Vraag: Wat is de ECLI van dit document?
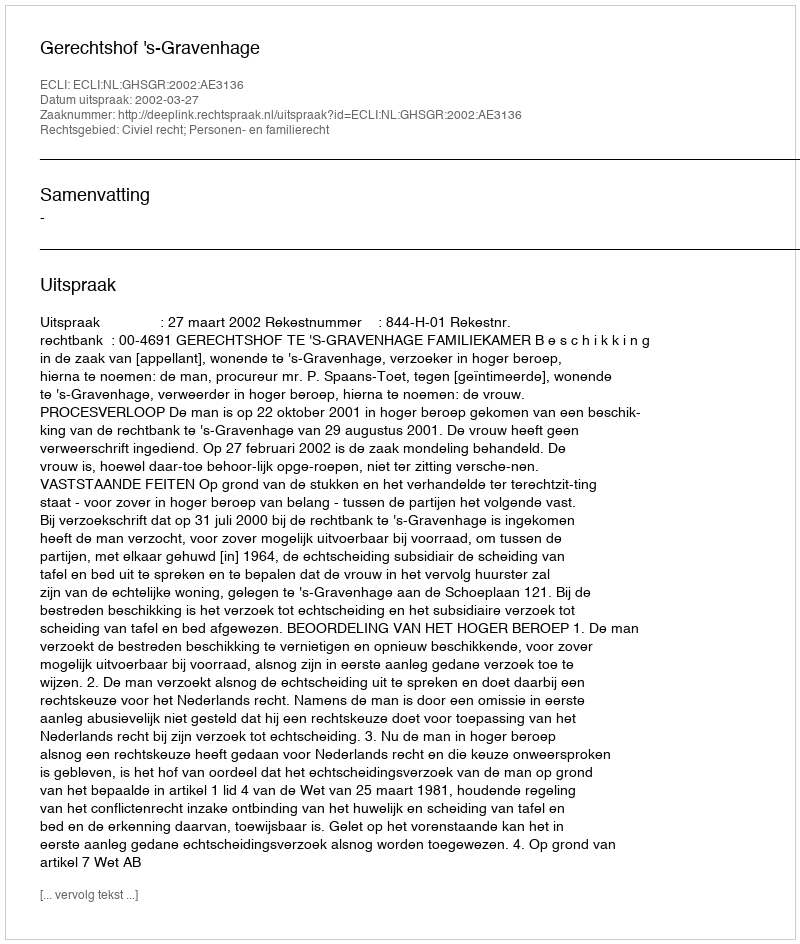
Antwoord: ECLI:NL:GHSGR:2002:AE3136